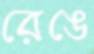
রেঙে